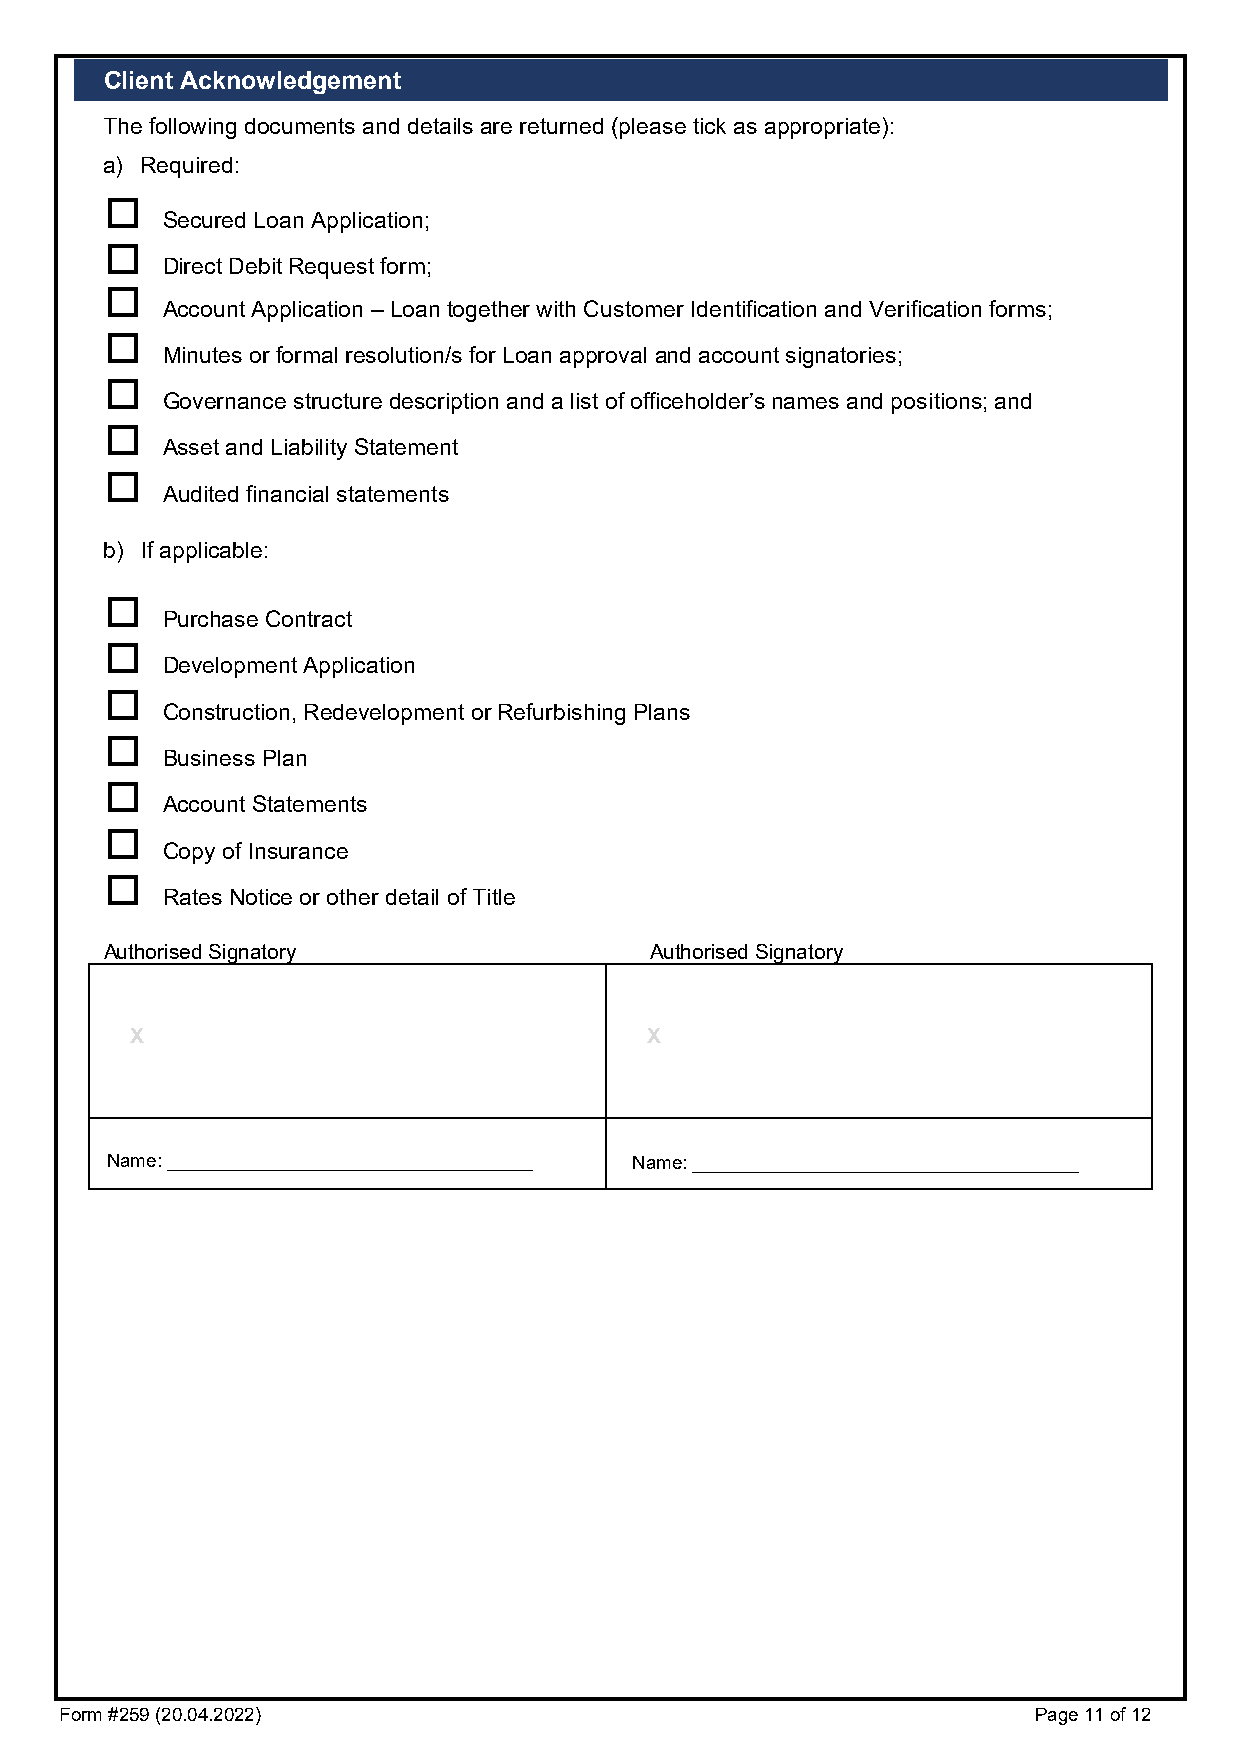
Client Acknowledgement
 The following documents and details are returned (please tick as appropriate):
 a) Required:
 
 Secured Loan Application;
 
 Direct Debit Request form;
 
 Account Application – Loan together with Customer Identification and Verification forms;
 
 Minutes or formal resolution/s for Loan approval and account signatories;
 
 Governance structure description and a list of officeholder’s names and positions; and
 
 Asset and Liability Statement
 
 Audited financial statements
 b) If applicable:
 
 Purchase Contract
 
 Development Application
 
 Construction, Redevelopment or Refurbishing Plans
 
 Business Plan
 
 Account Statements
 
 Copy of Insurance
 
 Rates Notice or other detail of Title
 Authorised Signatory                Authorised Signatory
 X                                 X
 Name: ___________________________________ Name: _____________________________________
 Form #259 (20.04.2022)                                          Page 11 of 12